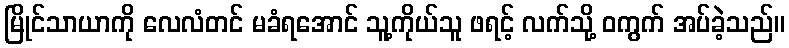
မြိုင်သာယာကို လေလံတင် မခံရအောင် သူ့ကိုယ်သူ ဖရင့် လက်သို့ ဝကွက် အပ်ခဲ့သည်။